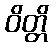
ဝိတ္တိ